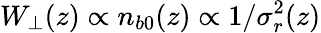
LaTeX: W_{\perp}(z)\propto n_{b0}(z)\propto 1/\sigma_{r}^{2}(z)